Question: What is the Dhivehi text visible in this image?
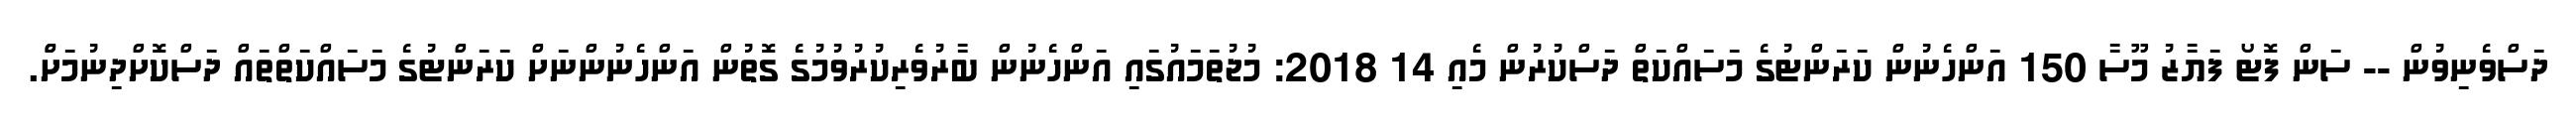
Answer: ދަސްވެނިވުން -- ސަން ފޮޓޯ ފަޔާޒު މޫސާ 150 އަންހެނުން ކަރަންޓުގެ މަސައްކަތް ދަސްކުރުން މެއި 14 2018: މުޖުތަމައުގައި އަންހެނުން ބާރުވެރިކުރުވުމުގެ ގޮތުން އަންހެނުންނަށް ކަރަންޓުގެ މަސައްކަތްތައް ދަސްކޮށްދިނުމަށްް.